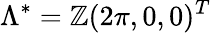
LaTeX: \Lambda^{*}=\mathbb{Z}(2\pi,0,0)^{T}